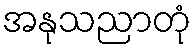
အနုသညာတုံ